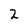
Character: 2